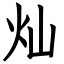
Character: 灿